Plague in India, 1896, 1897 - Volume 3
Year: 1896
Disease focus: Plague
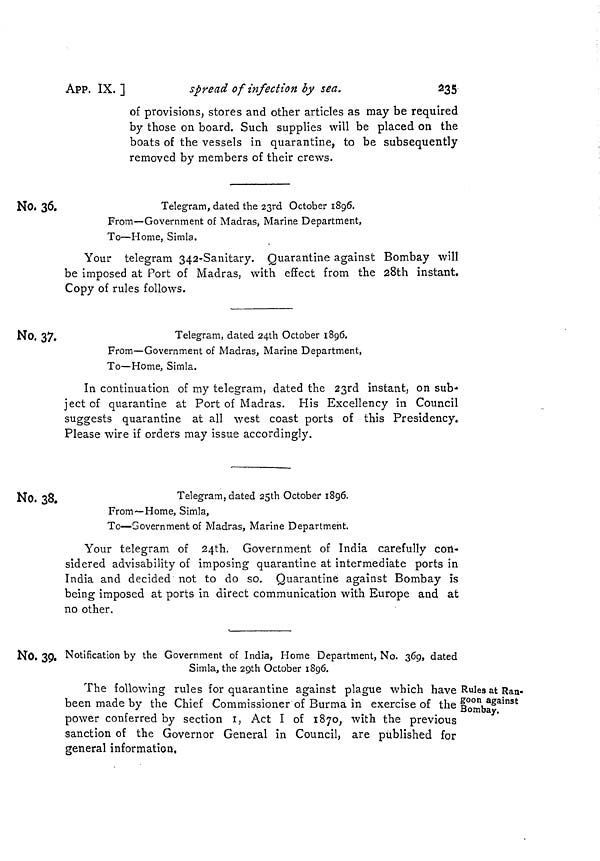
235
APP. IX. ]
spread of infection by sea.
of provisions, stores and other articles as may be required
by those on board. Such supplies will be placed on the
boats of the vessels in quarantine, to be subsequently
removed by members of their crews.
No. 36.
Telegram, dated the 23rd October 1896.
From—Government of Madras, Marine Department,
To—Home, Simla.
Your telegram 342-Sanitary. Quarantine against Bombay will
be imposed at Port of Madras, with effect from the 28th instant.
Copy of rules follows.
No. 37.
Telegram, dated 24th October 1896.
From—Government of Madras, Marine Department,
To—Home, Simla.
In continuation of my telegram, dated the 23rd instant, on sub-
ject of quarantine at Port of Madras. His Excellency in Council
suggests quarantine at all west coast ports of this Presidency.
Please wire if orders may issue accordingly.
No. 38.
Telegram, dated 25th October 1896.
From— Home, Simla,
To—Government of Madras, Marine Department.
Your telegram of 24th. Government of India carefully con-
sidered advisability of imposing quarantine at intermediate ports in
India and decided not to do so. Quarantine against Bombay is
being imposed at ports in direct communication with Europe and at
no other.
No. 39.
Rules at Ran-.
goon against
Bombay.
Notification by the Government of India, Home Department, No. 369, dated
Simla, the 29th October 1896.
The following rules for quarantine against plague which have
been made by the Chief Commissioner of Burma in exercise of the
power conferred by section 1, Act I of 1870, with the previous
sanction of the Governor General in Council, are published for
general information,